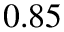
0 . 8 5